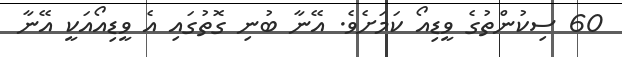
60 ސިކުންތުގެ ވީޑިއޯ ކަމަށެވެ. އޭނާ ބުނި ގޮތުގައި އެ ވީޑިއޯއަކީ އޭނާ